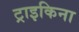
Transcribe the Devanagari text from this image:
ट्राइकिना